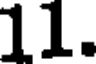
11.